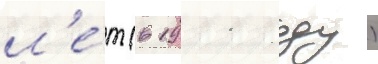
л'е́т (в 1911 году)